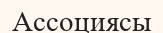
Ассоциясы